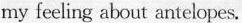
my feeling about antelopes.